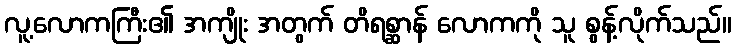
လူ့လောကကြီး၏ အကျိုး အတွက် တိရစ္ဆာန် လောကကို သူ စွန့်လိုက်သည်။